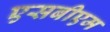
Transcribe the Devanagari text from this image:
एसबीएम